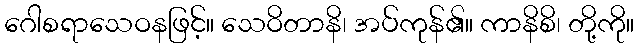
ဂေါစရာသေဝနဖြင့်။ သေဝိတာနိ၊ အပ်ကုန်၏။ ကာနိစိ၊ တို့ကို။